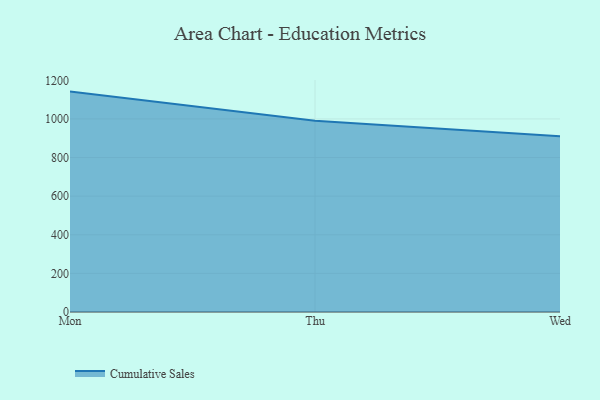
{"axis": {"x": "Day", "y": "Shipments"}, "legend": ["Cumulative Sales"], "data": [{"x": "Mon", "y": 1141.6, "type": "Cumulative Sales"}, {"x": "Thu", "y": 990.9, "type": "Cumulative Sales"}, {"x": "Wed", "y": 910.6, "type": "Cumulative Sales"}]}